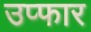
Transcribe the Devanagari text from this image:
उप्फार